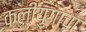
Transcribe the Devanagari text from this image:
कलीयुगाचा